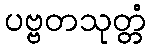
ပဗ္ဗတသုတ္တံ